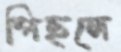
পিছলে